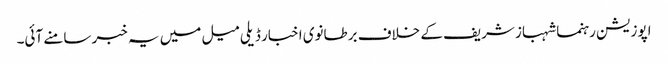
اپوزیشن رہنما شہباز شریف کے خلاف برطانوی اخبار ڈیلی میل میں یہ خبر سامنے آئی۔